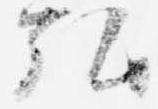
弘